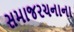
સમાજરચનાના